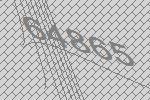
64865